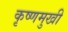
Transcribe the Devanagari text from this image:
कृष्णमुखी